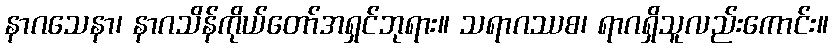
နာဂသေနာ၊ နာဂသိန်ကိုယ်တော်အရှင်ဘုရား။ သရာဂဿစ၊ ရာဂရှိသူလည်းကောင်း။